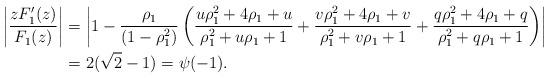
LaTeX: \begin{align*} \left|\frac{zF_1'(z)}{F_1(z)}\right| &=\left|1-\frac{\rho_1}{(1-\rho_1^2)}\left( \frac{u\rho_1^2+4\rho_1+u}{\rho_1^2+u\rho_1+1}+\frac{v\rho_1^2+4\rho_1+v}{\rho_1^2+v\rho_1+1}+\frac{q \rho_1^2+4\rho_1+q}{\rho_1^2+q \rho_1+1}\right)\right|\\ &=2(\sqrt2-1)= \psi(-1). \end{align*}